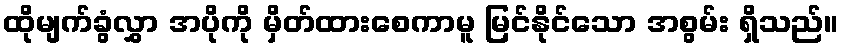
ထိုမျက်ခွံလွှာ အပိုကို မှိတ်ထားစေကာမူ မြင်နိုင်သော အစွမ်း ရှိသည်။